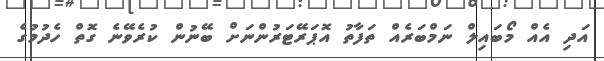
އަދި އެއް މޯބައިލް ނަމްބަރެއް ތަފާތު އޮޕަރޭޓަރުންނަށް ބޭނުން ކުރެވޭނެ ގޮތް ހެދުމުގެ